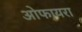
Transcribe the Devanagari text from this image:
ओफायरा